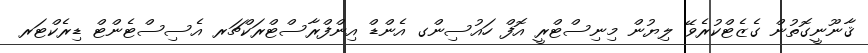
ޤާނޫނީގޮތުން ގެޒެޓްކުރެވޭ ލިޔުން މިނިސްޓްރީ އޮފް ހައުސިންގ އެންޑް އިންފްރާސްޓްރަކްޗަރ އެސިސްޓެންޓް ޑިރެކްޓަރ